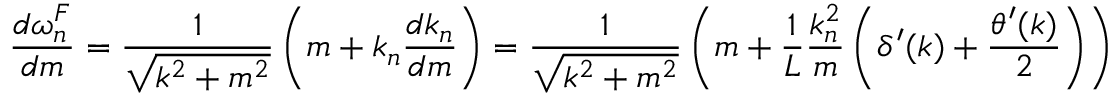
{ \frac { d \omega _ { n } ^ { F } } { d m } } = { \frac { 1 } { \sqrt { k ^ { 2 } + m ^ { 2 } } } } \left( m + k _ { n } { \frac { d k _ { n } } { d m } } \right) = { \frac { 1 } { \sqrt { k ^ { 2 } + m ^ { 2 } } } } \left( m + { \frac { 1 } { L } } { \frac { k _ { n } ^ { 2 } } { m } } \left( \delta ^ { \prime } ( k ) + { \frac { \theta ^ { \prime } ( k ) } { 2 } } \right) \right)